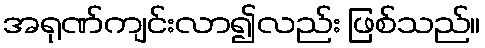
အရုဏ်ကျင်းလာ၍လည်း ဖြစ်သည်။